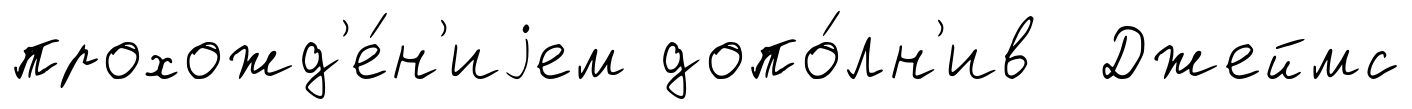
прохожд'е́н'иjем допо́лн'ив Джеймс